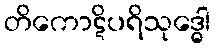
တိကောဋိပရိသုဒ္ဓေါ